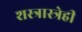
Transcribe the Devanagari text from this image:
शस्त्रास्त्रेही